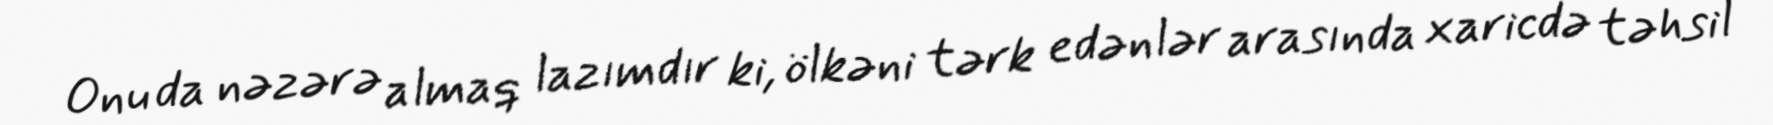
Onu da nəzərə almaq lazımdır ki, ölkəni tərk edənlər arasında xaricdə təhsil